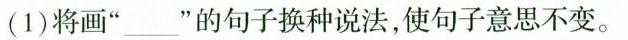
(1)将画”___”的句子换种说法，使句子意思不变。